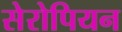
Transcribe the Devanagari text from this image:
सेरोपियन